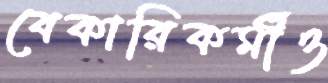
বেকারিকর্মীও